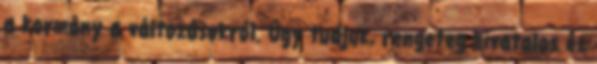
a kormány a változásokról. Úgy tudjuk, rengeteg hivatalos és